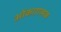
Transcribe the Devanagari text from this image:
ओंकारात्मक